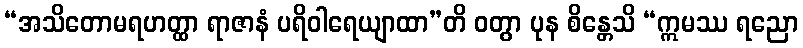
“အသိတောမရဟတ္ထာ ရာဇာနံ ပရိဝါရေယျာထာ”တိ ဝတွာ ပုန စိန္တေသိ “ဣမဿ ရညော